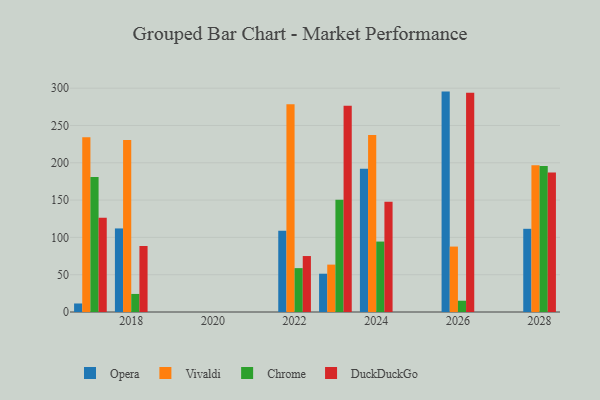
{"axis": {"x": "Year", "y": "Gross Profit (USD K)"}, "legend": ["Chrome", "DuckDuckGo", "Opera", "Vivaldi"], "data": [{"x": "2022", "y": 108.9, "type": "Opera"}, {"x": "2022", "y": 278.3, "type": "Vivaldi"}, {"x": "2022", "y": 58.8, "type": "Chrome"}, {"x": "2022", "y": 75.0, "type": "DuckDuckGo"}, {"x": "2023", "y": 51.3, "type": "Opera"}, {"x": "2023", "y": 63.5, "type": "Vivaldi"}, {"x": "2023", "y": 150.6, "type": "Chrome"}, {"x": "2023", "y": 276.6, "type": "DuckDuckGo"}, {"x": "2017", "y": 11.4, "type": "Opera"}, {"x": "2017", "y": 234.3, "type": "Vivaldi"}, {"x": "2017", "y": 180.9, "type": "Chrome"}, {"x": "2017", "y": 126.3, "type": "DuckDuckGo"}, {"x": "2026", "y": 295.4, "type": "Opera"}, {"x": "2026", "y": 87.7, "type": "Vivaldi"}, {"x": "2026", "y": 15.1, "type": "Chrome"}, {"x": "2026", "y": 294.0, "type": "DuckDuckGo"}, {"x": "2018", "y": 112.0, "type": "Opera"}, {"x": "2018", "y": 230.5, "type": "Vivaldi"}, {"x": "2018", "y": 24.2, "type": "Chrome"}, {"x": "2018", "y": 88.5, "type": "DuckDuckGo"}, {"x": "2024", "y": 192.0, "type": "Opera"}, {"x": "2024", "y": 237.3, "type": "Vivaldi"}, {"x": "2024", "y": 94.4, "type": "Chrome"}, {"x": "2024", "y": 147.6, "type": "DuckDuckGo"}, {"x": "2028", "y": 111.5, "type": "Opera"}, {"x": "2028", "y": 196.6, "type": "Vivaldi"}, {"x": "2028", "y": 195.7, "type": "Chrome"}, {"x": "2028", "y": 186.9, "type": "DuckDuckGo"}]}